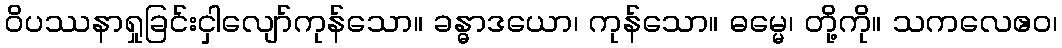
ဝိပဿနာရှုခြင်းငှါလျော်ကုန်သော။ ခန္ဓာဒယော၊ ကုန်သော။ ဓမ္မေ၊ တို့ကို။ သကလေဧဝ၊